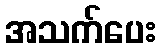
အသက်ပေး